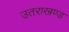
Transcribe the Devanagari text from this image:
उतराखण्ड